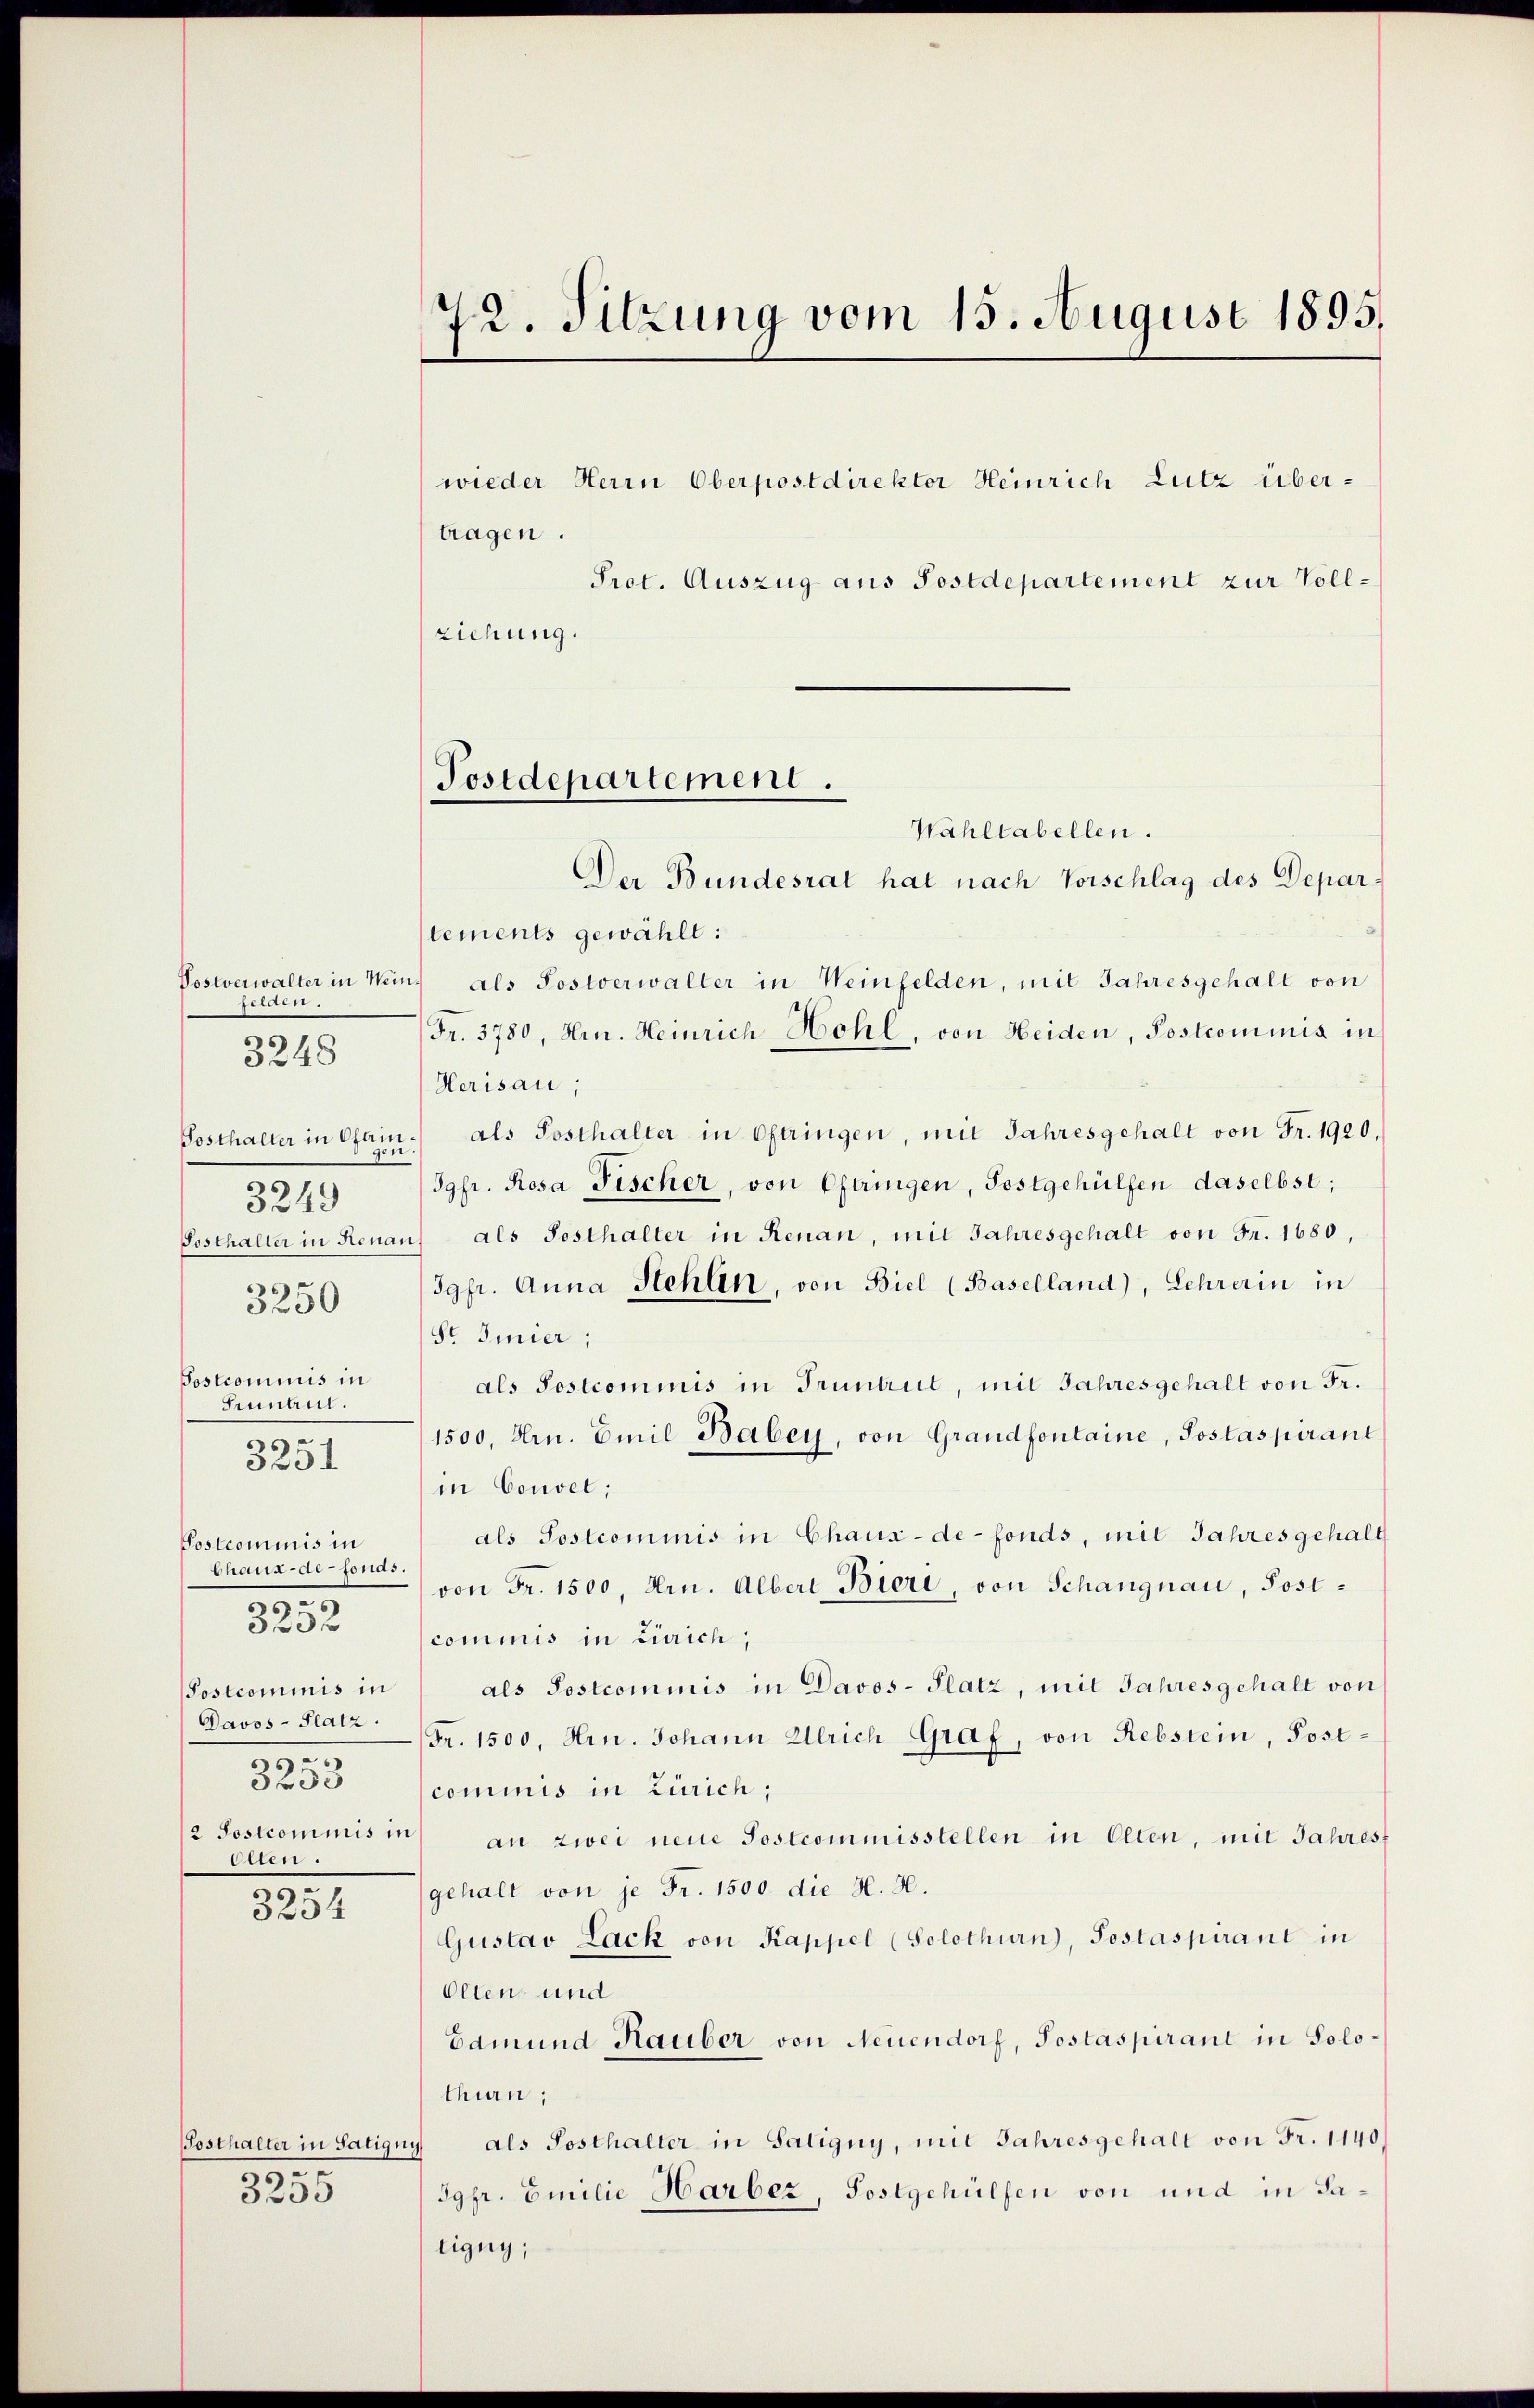
Postverwalter in Weinselais.
5
3249
Postcommis in
Sunaut.
.
3251
Postcommis in
Chaux-de-Fonas.
0
3252
Postcommis in
Davos- Platz.
.
3233
2 Sostcominis in
ellen.
.

3248

3250

3234

397
5200

72. Sitzung vom 15. August 1895.

wieder Herrn Oberpostdirektor Heinrich Lutz übertragen.
Prot. Auszug aus Postdepartement zur Vollziehung.

Postdepartement.

Wahltabellen.
Der Bundesrat hat nach Vorschlag des Depar¬

tements gewählt:
als Postverwalter in Weinfelden, mit Jahresgehalt von
Fr. 3780, Hrn. Heinrich Hohl, von Heiden, Postcommis in
Herisau;
Posthalter in Ofain.) als Posthalter in Oftringen, mit Jahresgehalt von Fr. 1920,
Jgfr. Rosa Fischer, von Pflingen, Postgehülfen daselbst;
Sosthalter in Renau) als Posthalter in Renan, mit Jahresgehalt von Fr. 1680,
Jgfr. Anna Stehlin, von Biel (Baselland), Lehrerin in
Sr Smier;
als Postcommis in Truntrut, mit Jahresgehalt von Fr.
1500, Hrn. Emil Babey, von Grandfontaine, Postaspirant
in Couvel;
als Postcommis in Chaux-de-Fonds, mit Jahres gehalt
von Fr. 1500, Hrn. Albert Bieri, von Schangnau, Postcommis in Zürich,
als Postcommis in Davos- Platz, mit Jahresgehalt von
Fr. 1500, Hrn. Johann Ulrich Graf, von Rebstein, Postcommis in Zürich,
an zwei neue Postcommisstellen in Olten, mit Jahrest
gehalt von je Fr. 1500 die H. H.
Gustav Lack von Kappel (Solothurn), Postaspirant in
Olten und
Edmund Rauber von Neuendorf, Postaspirant in Solothurn,
Sosthalter in Satigny als Posthalter in Saligny, mit Jahresgehalt von Fr. 1140.
Jgfr. Emilie Harber, Postgehülfen von und in Satigny,